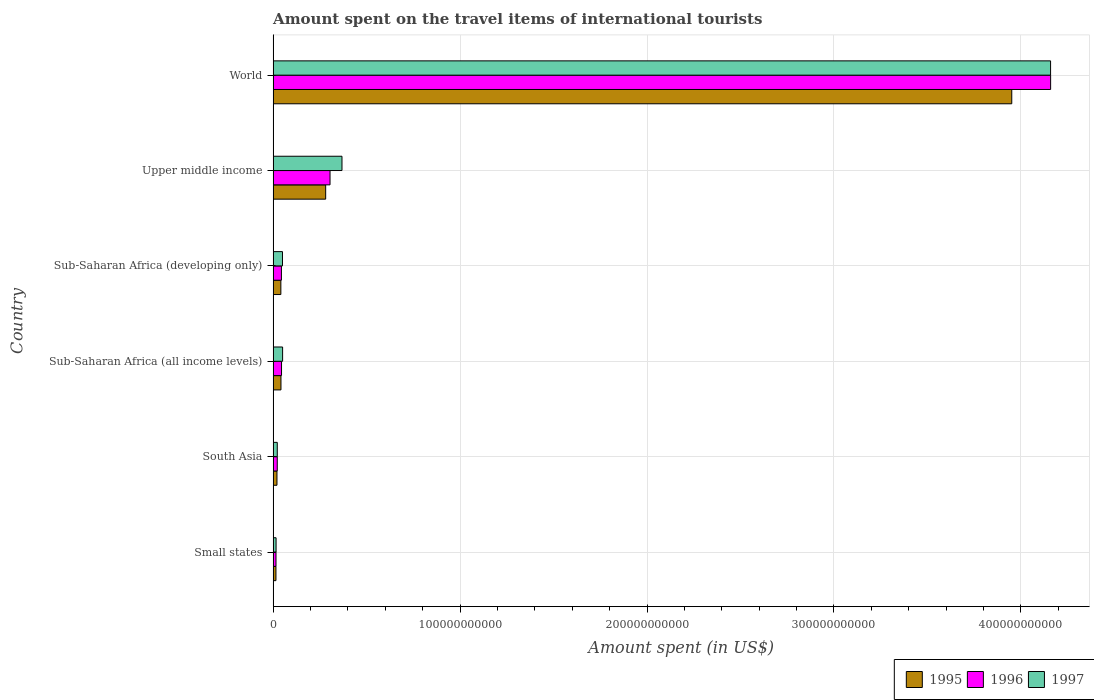
| Country | 1995 | 1996 | 1997 |
 | --- | --- | --- | --- |
 | Small states | 1.51e+09 | 1.54e+09 | 1.58e+09 |
 | South Asia | 2.06e+09 | 2.21e+09 | 2.23e+09 |
 | Sub-Saharan Africa (all income levels) | 4.2e+09 | 4.5e+09 | 5.07e+09 |
 | Sub-Saharan Africa (developing only) | 4.14e+09 | 4.44e+09 | 5.01e+09 |
 | Upper middle income | 2.81e+10 | 3.04e+10 | 3.68e+10 |
 | World | 3.95e+11 | 4.16e+11 | 4.16e+11 |